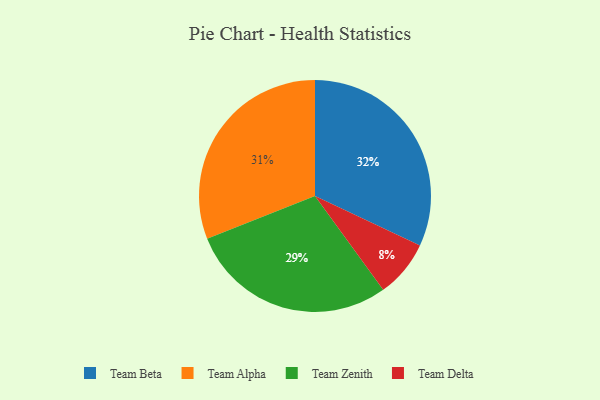
{"axis": {"x": "Category", "y": "Percentage"}, "legend": ["Team Alpha", "Team Beta", "Team Delta", "Team Zenith"], "data": [{"x": "Team Delta", "y": 8, "type": "Team Delta"}, {"x": "Team Alpha", "y": 31, "type": "Team Alpha"}, {"x": "Team Zenith", "y": 29, "type": "Team Zenith"}, {"x": "Team Beta", "y": 32, "type": "Team Beta"}]}